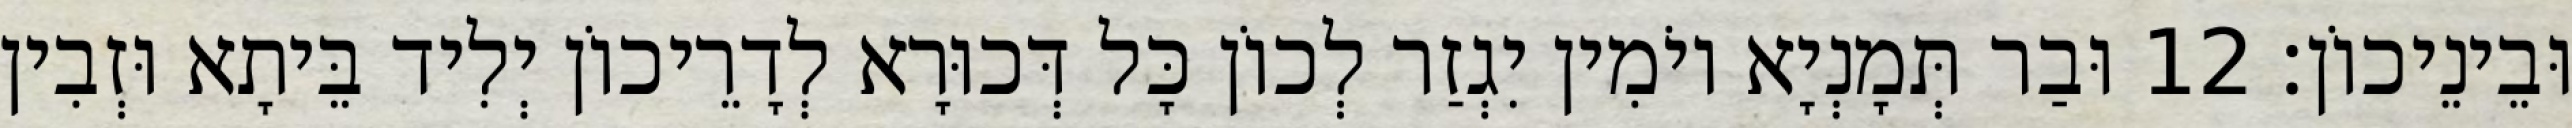
וּבֵינֵיכוֹן׃ 12 וּבַר תְּמָנְיָא יוֹמִין יִגְזַר לְכוֹן כָּל דְּכוּרָא לְדָרֵיכוֹן יְלִיד בֵּיתָא וּזְבִין